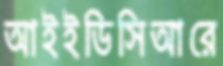
আইইডিসিআরে